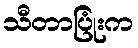
သီတာပြုံးက